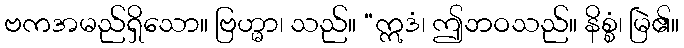
ဗကအမည်ရှိသော။ ဗြဟ္မာ၊ သည်။ “ဣဒံ၊ ဤဘဝသည်။ နိစ္စံ၊ မြဲ၏။